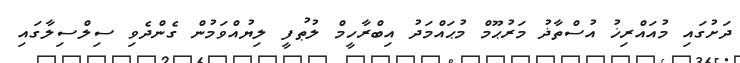
ދަށުގައި މުއައްރިޚު އުސްތާޛު މަރުޙޫމް މުޙައްމަދު އިބްރާހީމް ލުޠުފީ ލިޔުއްވަމުން ގެންދެވި ސިލްސިލާގައި